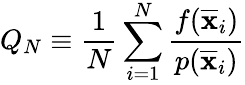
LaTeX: Q_{N}\equiv{\frac{1}{N}}\sum_{i=1}^{N}{\frac{f({\overline{{\mathbf{x}}}}_{i})}{p({\overline{{\mathbf{x}}}}_{i})}}